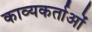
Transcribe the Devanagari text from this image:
काव्यकर्ताओं